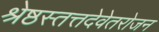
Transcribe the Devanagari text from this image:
श्रेष्ठस्तत्तदेवेतरोजन